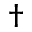
^ { \dagger }